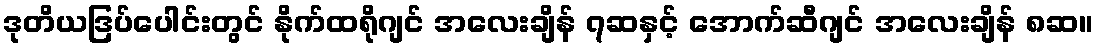
ဒုတိယဒြပ်ပေါင်းတွင် နိုက်ထရိုဂျင် အလေးချိန် ၇ဆနှင့် အောက်ဆီဂျင် အလေးချိန် ၈ဆ။